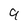
Character: 9